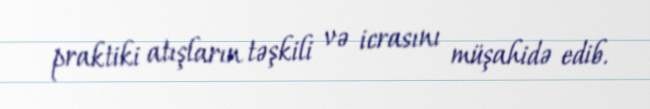
praktiki atışların təşkili və icrasını müşahidə edib.